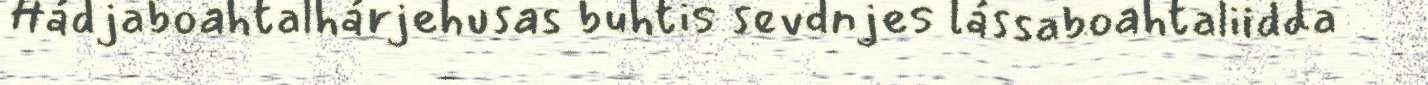
Hádjaboahtalhárjehusas buhtis sevdnjes lássaboahtaliidda